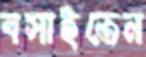
বসাইতেন